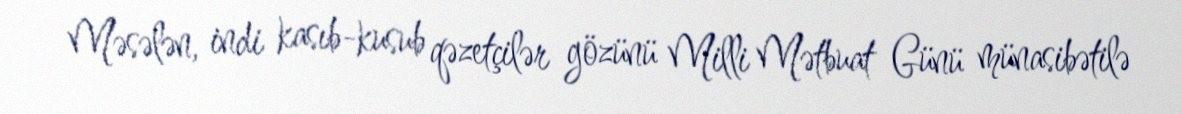
Məsələn, indi kasıb-kusub qəzetçilər gözünü Milli Mətbuat Günü münasibətilə